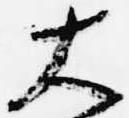
大